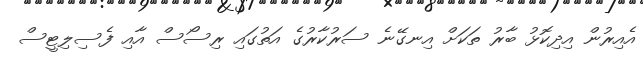
އެއިރުން އިދިކޮޅު ބާރު ތަކަށް އިނގޭނެ ސަރުކާރުގެ އަތުގައި ރިސޯސް އާއި ފެސިލިޓީސް